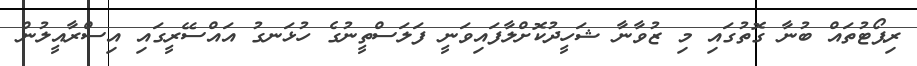
ރިޕޯޓުތައް ބުނާ ގޮތުގައި މި ޒުވާނާ ޝަހީދުކޮށްލާފައިވަނީ ފަލަސްތީނުގެ ހުޅަނގު އައްސޭރީގައި އިސްރާއީލުން